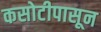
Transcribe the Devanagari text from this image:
कसोटीपासून